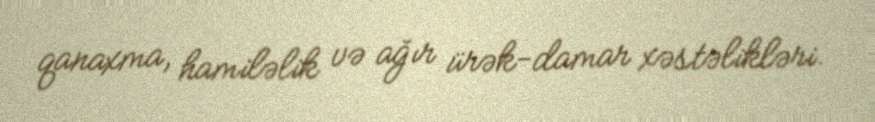
qanaxma, hamiləlik və ağır ürək-damar xəstəlikləri.